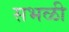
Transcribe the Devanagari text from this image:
सभळी